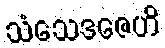
သံသေဒဇေဟိ